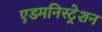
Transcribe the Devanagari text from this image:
एडमनिस्ट्रेशन